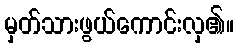
မှတ်သားဖွယ်ကောင်းလှ၏။